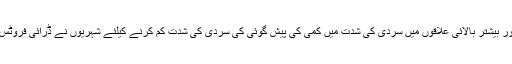
محکمہ موسمیات نے شمالی بلوچستان اور بیشتر بالائی علاقوں میں سردی کی شدت میں کمی کی پیش گوئی کی سردی کی شدت کم کرنے کیلئے شہریوں نے ڈرائی فروٹس اور سوپ کی دکانوں کا رخ کرلیا ہے۔